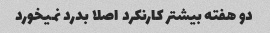
دو هفته بیشتر کارنکرد اصلا بدرد نمیخورد